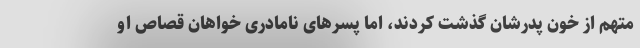
متهم از خون پدرشان گذشت کردند، اما پسر‌های نامادری خواهان قصاص او